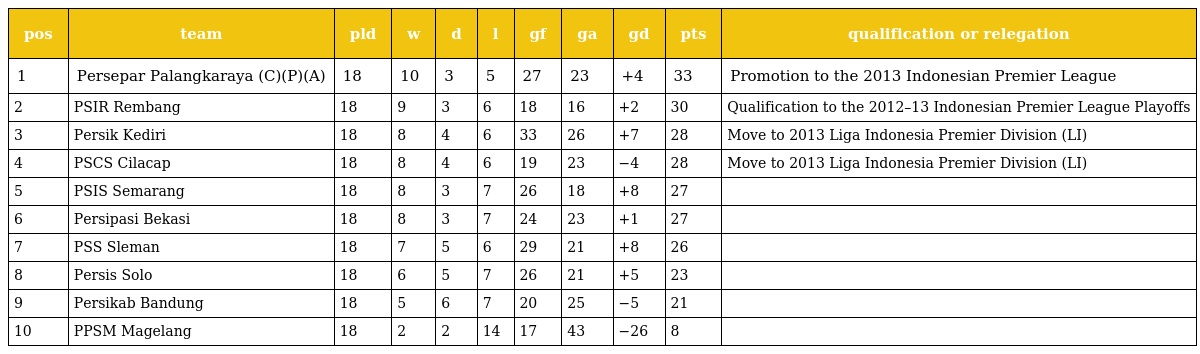
| pos | team | pld | w | d | l | gf | ga | gd | pts | qualification or relegation |
 | --- | --- | --- | --- | --- | --- | --- | --- | --- | --- | --- |
 | 1 | Persepar Palangkaraya (C)(P)(A) | 18 | 10 | 3 | 5 | 27 | 23 | +4 | 33 | Promotion to the 2013 Indonesian Premier League |
 | 2 | PSIR Rembang | 18 | 9 | 3 | 6 | 18 | 16 | +2 | 30 | Qualification to the 2012–13 Indonesian Premier League Playoffs |
 | 3 | Persik Kediri | 18 | 8 | 4 | 6 | 33 | 26 | +7 | 28 | Move to 2013 Liga Indonesia Premier Division (LI) |
 | 4 | PSCS Cilacap | 18 | 8 | 4 | 6 | 19 | 23 | −4 | 28 | Move to 2013 Liga Indonesia Premier Division (LI) |
 | 5 | PSIS Semarang | 18 | 8 | 3 | 7 | 26 | 18 | +8 | 27 |  |
 | 6 | Persipasi Bekasi | 18 | 8 | 3 | 7 | 24 | 23 | +1 | 27 |  |
 | 7 | PSS Sleman | 18 | 7 | 5 | 6 | 29 | 21 | +8 | 26 |  |
 | 8 | Persis Solo | 18 | 6 | 5 | 7 | 26 | 21 | +5 | 23 |  |
 | 9 | Persikab Bandung | 18 | 5 | 6 | 7 | 20 | 25 | −5 | 21 |  |
 | 10 | PPSM Magelang | 18 | 2 | 2 | 14 | 17 | 43 | −26 | 8 |  |